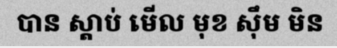
បាន ស្តាប់ មើល មុខ ស៊ឹម មិន